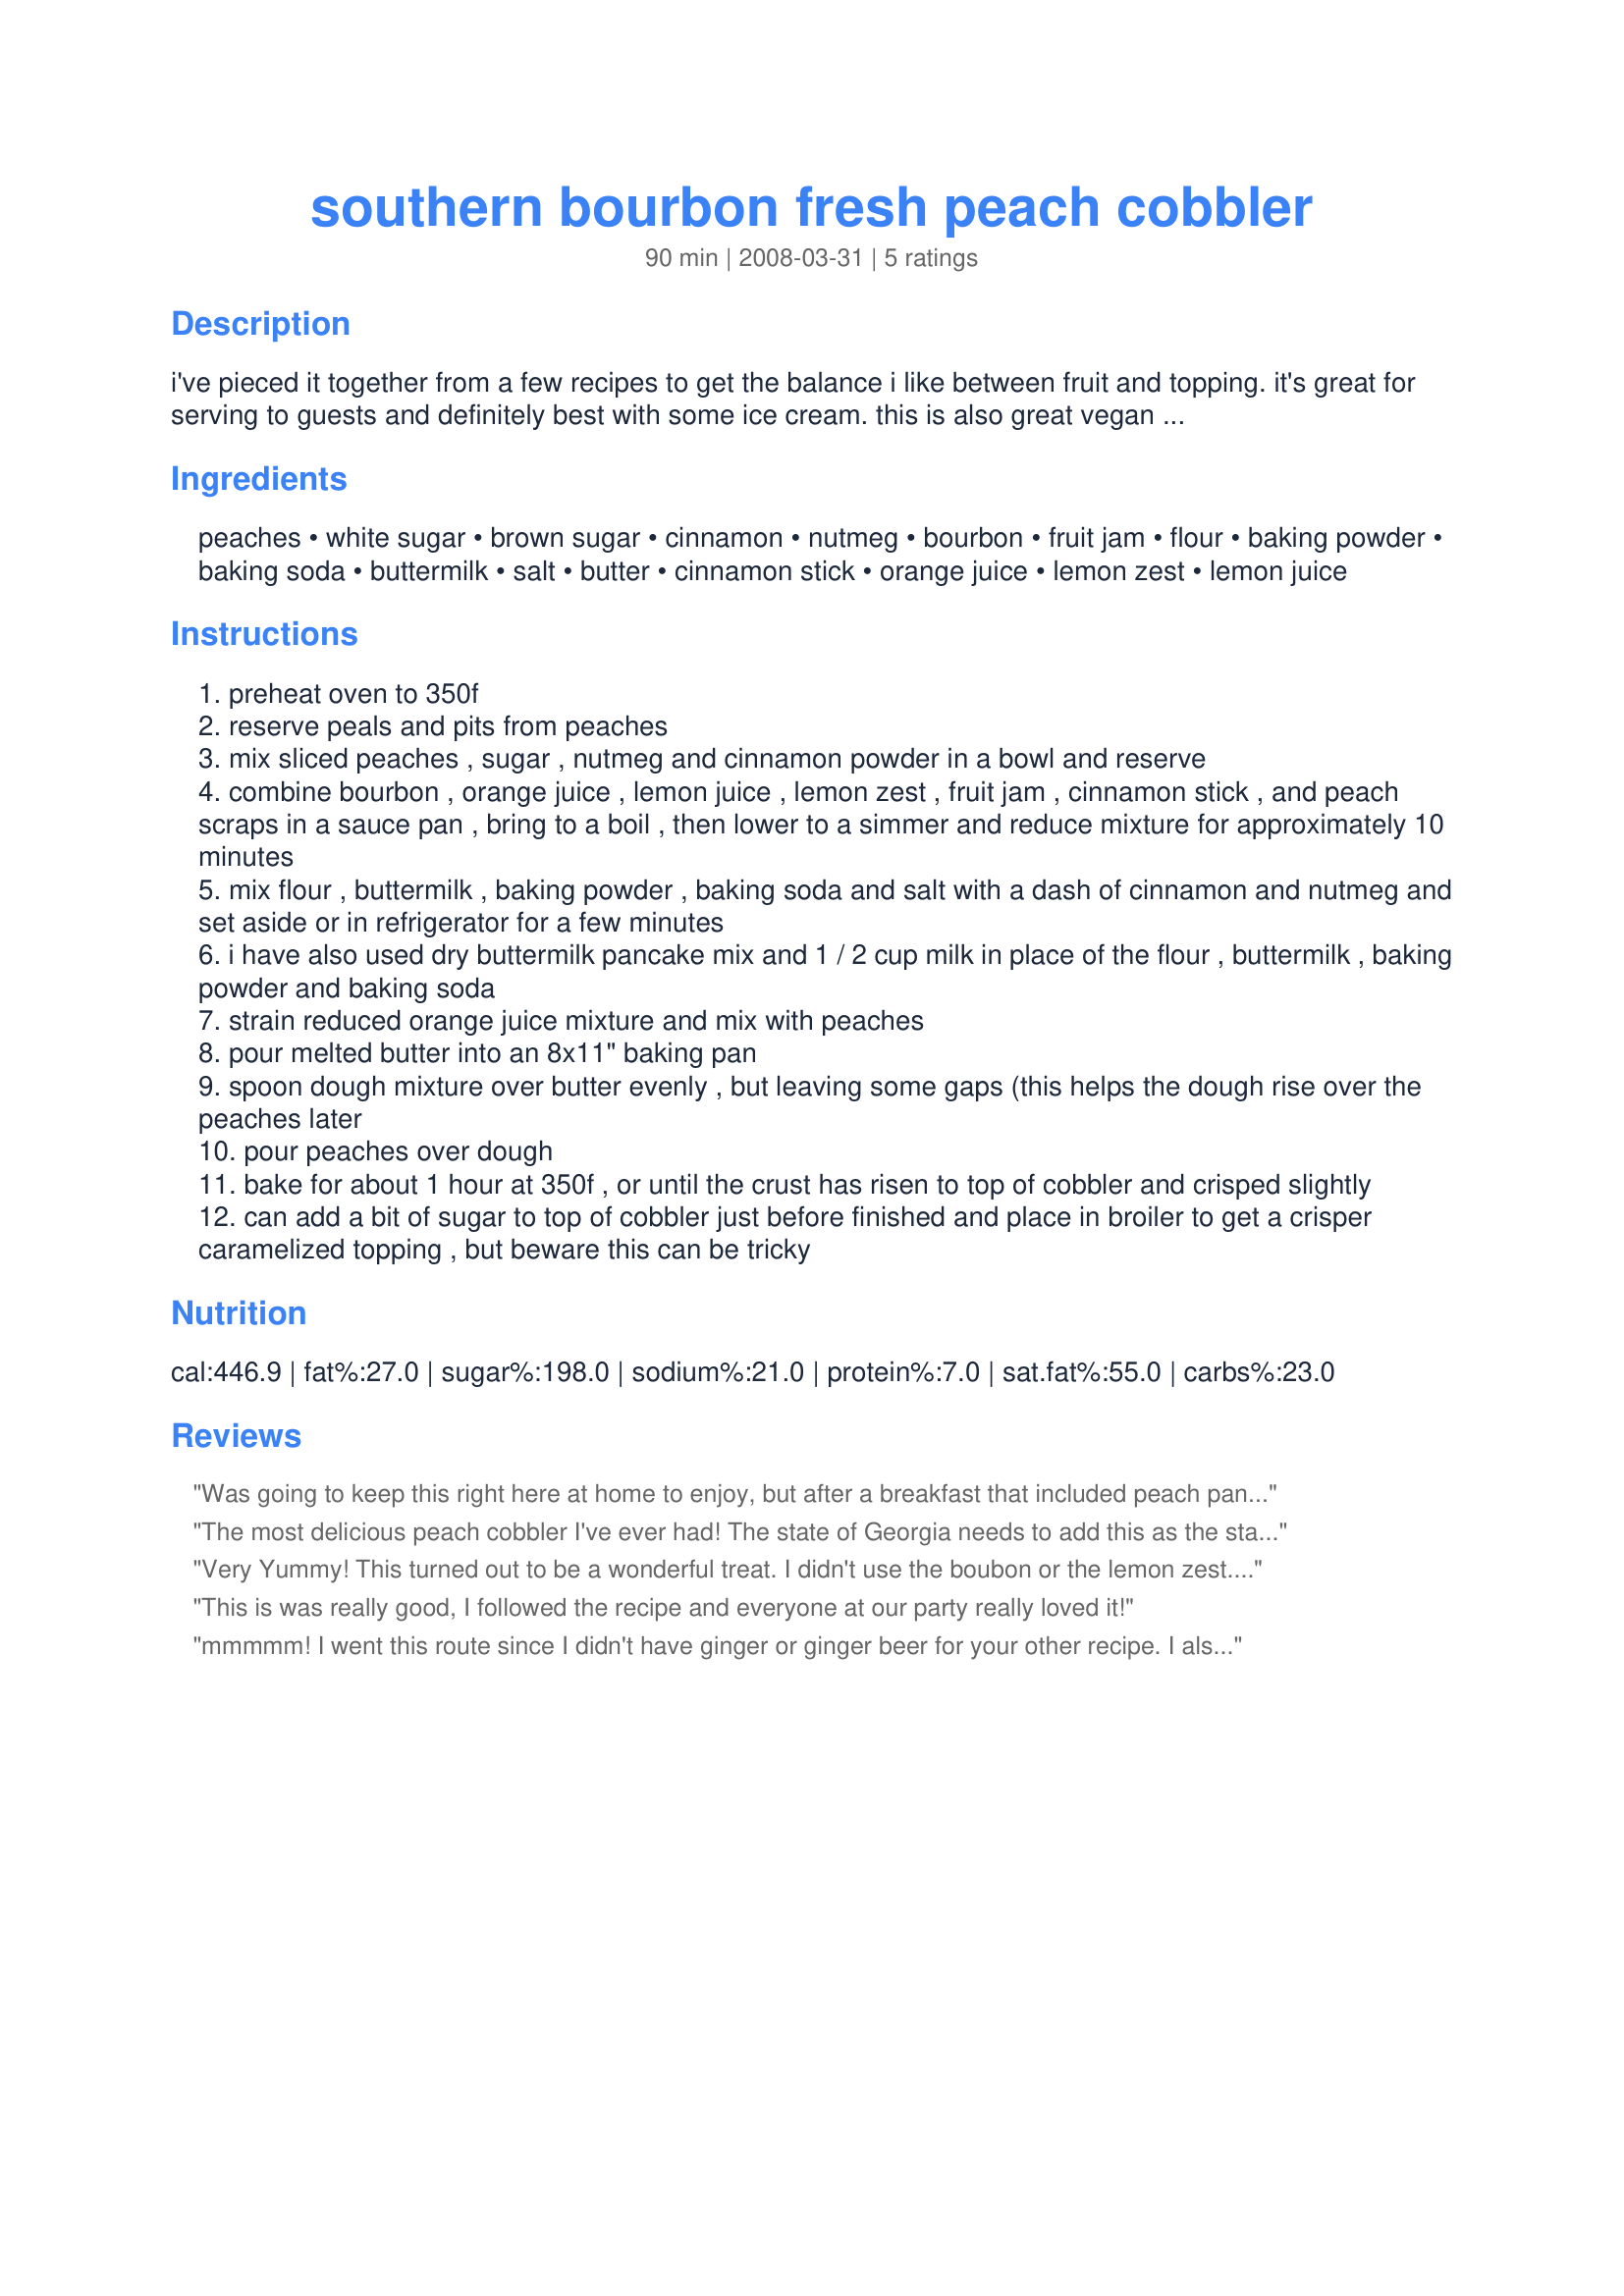
southern bourbon fresh peach cobbler
Preparation time: 90 minutes

i've pieced it together from a few recipes to get the balance i like between fruit and topping. it's great for serving to guests and definitely best with some ice cream. this is also great vegan with water or apple juice replacing the buttermilk, and margarine instead of butter. you could even serve it with tofrutti ice cream.

Ingredients:
peaches, white sugar, brown sugar, cinnamon, nutmeg, bourbon, fruit jam, flour, baking powder, baking soda, buttermilk, salt, butter, cinnamon stick, orange juice, lemon zest, lemon juice

Steps:
preheat oven to 350f
reserve peals and pits from peaches
mix sliced peaches , sugar , nutmeg and cinnamon powder in a bowl and reserve
combine bourbon , orange juice , lemon juice , lemon zest , fruit jam , cinnamon stick , and peach scraps in a sauce pan , bring to a boil , then lower to a simmer and reduce mixture for approximately 10 minutes
mix flour , buttermilk , baking powder , baking soda and salt with a dash of cinnamon and nutmeg and set aside or in refrigerator for a few minutes
i have also used dry buttermilk pancake mix and 1 / 2 cup milk in place of the flour , buttermilk , baking powder and baking soda
strain reduced orange juice mixture and mix with peaches
pour melted butter into an 8x11" baking pan
spoon dough mixture over butter evenly , but leaving some gaps (this helps the dough rise over the peaches later
pour peaches over dough
bake for about 1 hour at 350f , or until the crust has risen to top of cobbler and crisped slightly
can add a bit of sugar to top of cobbler just before finished and place in broiler to get a crisper caramelized topping , but beware this can be tricky

Reviews:
Was going to keep this right here at home to enjoy, but after a breakfast that included peach pancakes, I decided to share this cobbler with some neighbors, who were absolutely thrilled with it! I did include the bourbon & used blackberry preserves! Loved all the flavors that came together to make this dessert OUTSTANDING! Thanks for sharing it! [Made & reviewed for one of my adopted orphan chefs at the end of this Spring's Pick-A-Chef]
The most delicious peach cobbler I've ever had! The state of Georgia needs to add this as the state pie! I followed the recipe exactly and wouldn't think of omitting the bourbon--it adds a lovely depth of flavour and helps carmelize the peaches and crust. This is simply sinful! The sticky ooziness of the peaches and carmelization of the sugars and bourbon helps the dough become a crumble yet still functions like a dough. There were some omissions on the directions, however. Step #3 says add sugar (singular) so I added the white sugar, but then realized it must have meant add both white and brown sugar, which I did. Also, Step #5 never mentions add baking powder or baking soda, so I reread and reread and finally decided the two could only be added to the crust--which I did. Once the directions are more clear--this recipe will be in everyone's cookbooks! Made for PAC fall 09.
Very Yummy! This turned out to be a wonderful treat. I didn't use the boubon or the lemon zest. Also, I used coconut milk instead of buttermilk. Tasted delicious! Thanks! Made for PAC Fall 2008.
This is was really good, I followed the recipe and everyone at our party really loved it!
mmmmm! I went this route since I didn't have ginger or ginger beer for your other recipe. I also didn't have orange juice, so I doubled the bourbon, increased the lime (instead of lemon), and added some Chambord. Haha, it was keeping with the theme of being sweet, alcoholic, and citrusy. I'm glad you inspired me to bake, although nothing's quite as good as it is when it comes out of your oven dude.
